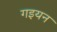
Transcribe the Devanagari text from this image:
गइयन